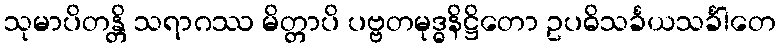
သုမာပိတန္တိ သရာဂဿ မိတ္တာပိ ပဗ္ဗတမုဒ္ဓနိဋ္ဌိတော ဥပဓိသင်္ခယသင်္ခါတေ